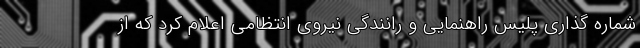
شماره گذاری پلیس راهنمایی و رانندگی نیروی انتظامی اعلام کرد که از